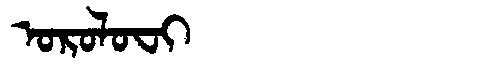
Manchu: ᠣᡵᠣᠯᠣᠸᡳ
Romanization: OROLOFI